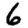
Digit: 6